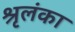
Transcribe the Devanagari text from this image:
श्रृलंका